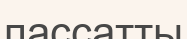
пассатты